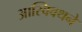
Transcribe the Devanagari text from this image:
आस्क्विथने